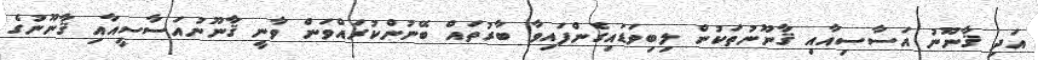
އަދި ޤާނޫނު އަސާސިއާއި ޤާނޫނުތަކުން ލިބިވަޑައިގެންފައިވާ ބާރުތައް ބޭނުންކުރައްވަން ވާނީ ޤާނޫނުއަސާސީއާއި ޤާނޫނުގެ